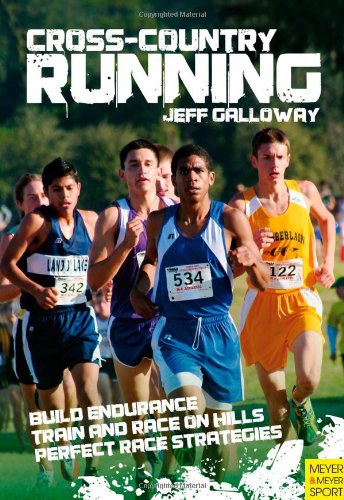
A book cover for Cross-Country Running & Racing; Jeff Galloway; Sports & Outdoors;